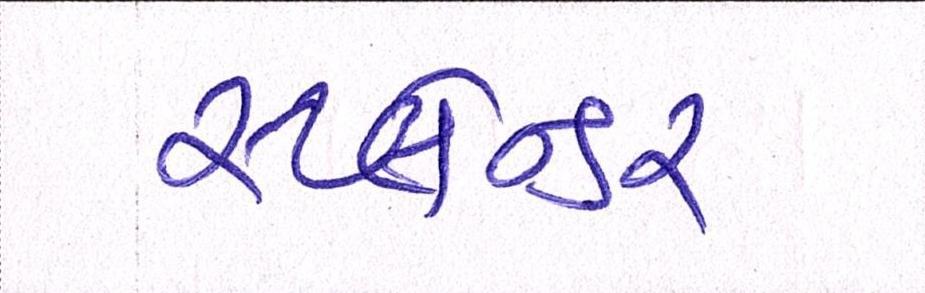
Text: સ્પ્લેન્ડર